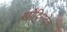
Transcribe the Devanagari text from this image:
खोट्टिगदेव